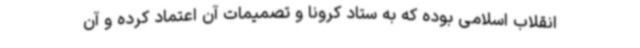
انقلاب اسلامی بوده که به ستاد کرونا و تصمیمات آن اعتماد کرده و آن